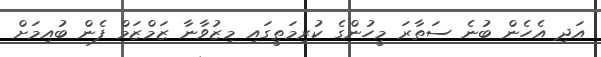
އަދި އެހެން ބުނެ ސަތާރަ މީހުންގެ ކުރިމަތީގައި މިޒުވާނާ ޒަމްޒަމް ފެން ބުއިމަށް